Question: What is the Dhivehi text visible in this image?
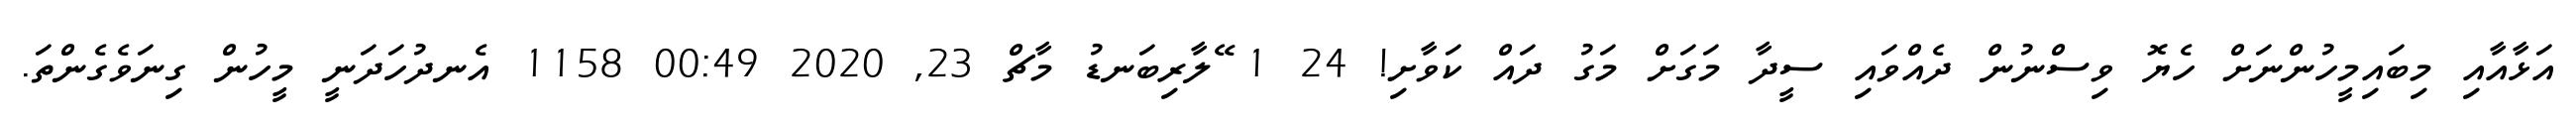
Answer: އަޅާއާއި މިބައިމީހުންނަށް ހެޔޮ ވިސްނުން ދެއްވައި ސީދާ މަގަށް މަގު ދައް ކަވާށި! 24 1 ޭލާރިބަނޑު މާޗް 23, 2020 00:49 1158 އެނދުހަދަނީ މީހުން ގިނަވެގެންތަ.